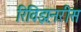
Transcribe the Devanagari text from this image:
रिविझ़नरीस